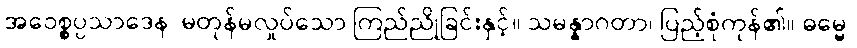
အဝေစ္စပ္ပသာဒေန၊ မတုန်မလှုပ်သော ကြည်ညိုခြင်းနှင့်။ သမန္နာဂတာ၊ ပြည့်စုံကုန်၏။ ဓမ္မေ၊